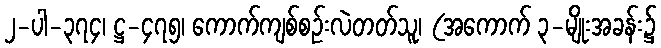
၂-ပါ-၃၇၄၊ ဋ္ဌ-၄၇၅၊ ကောက်ကျစ်စဉ်းလဲတတ်သူ၊ (အကောက် ၃-မျိုးအခန်း၌